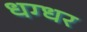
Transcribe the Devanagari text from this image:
धग्धर